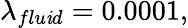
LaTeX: \lambda_{flu\mathit{i}d}=0.0001,